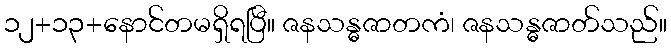
၁၂+၁၃+နောင်တမရှိရပြီ။ ဇနသန္ဓဇာတကံ၊ ဇနသန္ဓဇာတ်သည်။